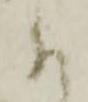
に